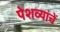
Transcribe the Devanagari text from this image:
पेशव्यांचें